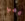
معي